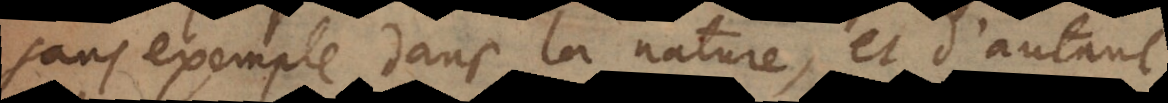
sans exemple dans la nature, et d’autant